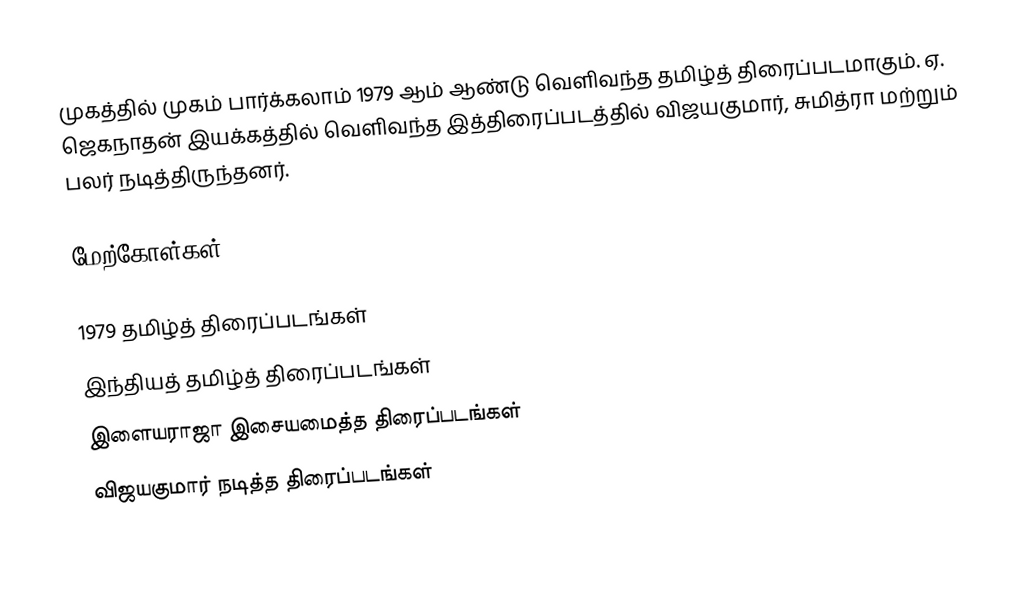
முகத்தில் முகம் பார்க்கலாம் 1979 ஆம் ஆண்டு வெளிவந்த தமிழ்த் திரைப்படமாகும். ஏ. ஜெகநாதன் இயக்கத்தில் வெளிவந்த இத்திரைப்படத்தில் விஜயகுமார், சுமித்ரா மற்றும் பலர் நடித்திருந்தனர்.

மேற்கோள்கள்

1979 தமிழ்த் திரைப்படங்கள்
இந்தியத் தமிழ்த் திரைப்படங்கள்
இளையராஜா இசையமைத்த திரைப்படங்கள்
விஜயகுமார் நடித்த திரைப்படங்கள்